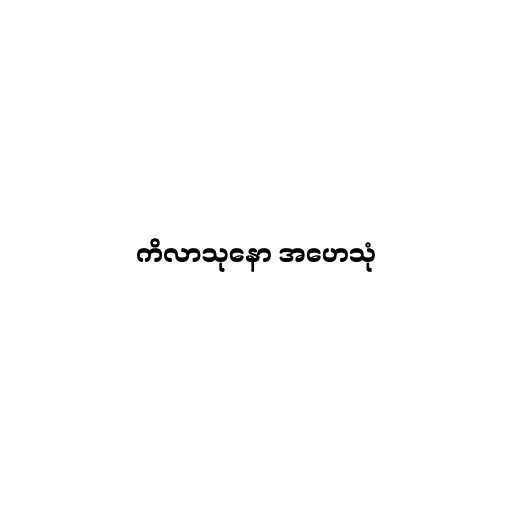
ကိလာသုနော အဟေသုံ